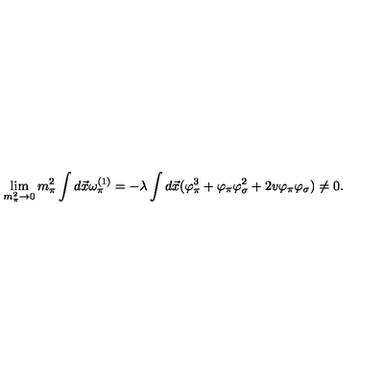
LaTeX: \lim _ { m _ { \pi } ^ { 2 } \rightarrow 0 } m _ { \pi } ^ { 2 } \int d \vec { x } \omega _ { \pi } ^ { ( 1 ) } = - \lambda \int d \vec { x } ( \varphi _ { \pi } ^ { 3 } + \varphi _ { \pi } \varphi _ { \sigma } ^ { 2 } + 2 v \varphi _ { \pi } \varphi _ { \sigma } ) \ne 0 .